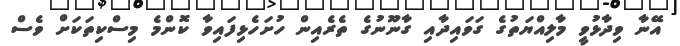
އޭނާ ވިދާޅުވީ މާލިއްޔަތުގެ ގަވައިދާއި ގާނޫނުގެ ތެރެއިން ހުށަހެޅިފައިވާ ކޮންމެ މިސްކިތަކަށް ވެސް